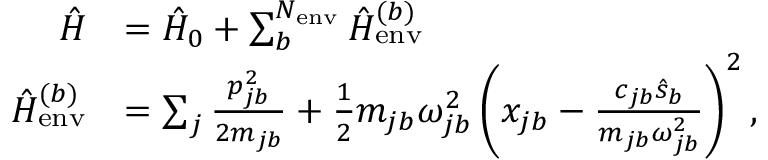
\begin{array} { r l } { \hat { H } } & { = \hat { H } _ { 0 } + \sum _ { b } ^ { N _ { \mathrm { e n v } } } \hat { H } _ { \mathrm { e n v } } ^ { ( b ) } } \\ { \hat { H } _ { \mathrm { e n v } } ^ { ( b ) } } & { = \sum _ { j } \frac { p _ { j b } ^ { 2 } } { 2 m _ { j b } } + \frac { 1 } { 2 } m _ { j b } \omega _ { j b } ^ { 2 } \left( x _ { j b } - \frac { c _ { j b } \hat { s } _ { b } } { m _ { j b } \omega _ { j b } ^ { 2 } } \right) ^ { 2 } , } \end{array}